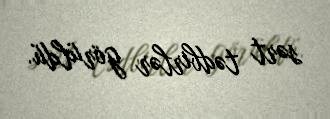
sərt tədbirlər görüldü.